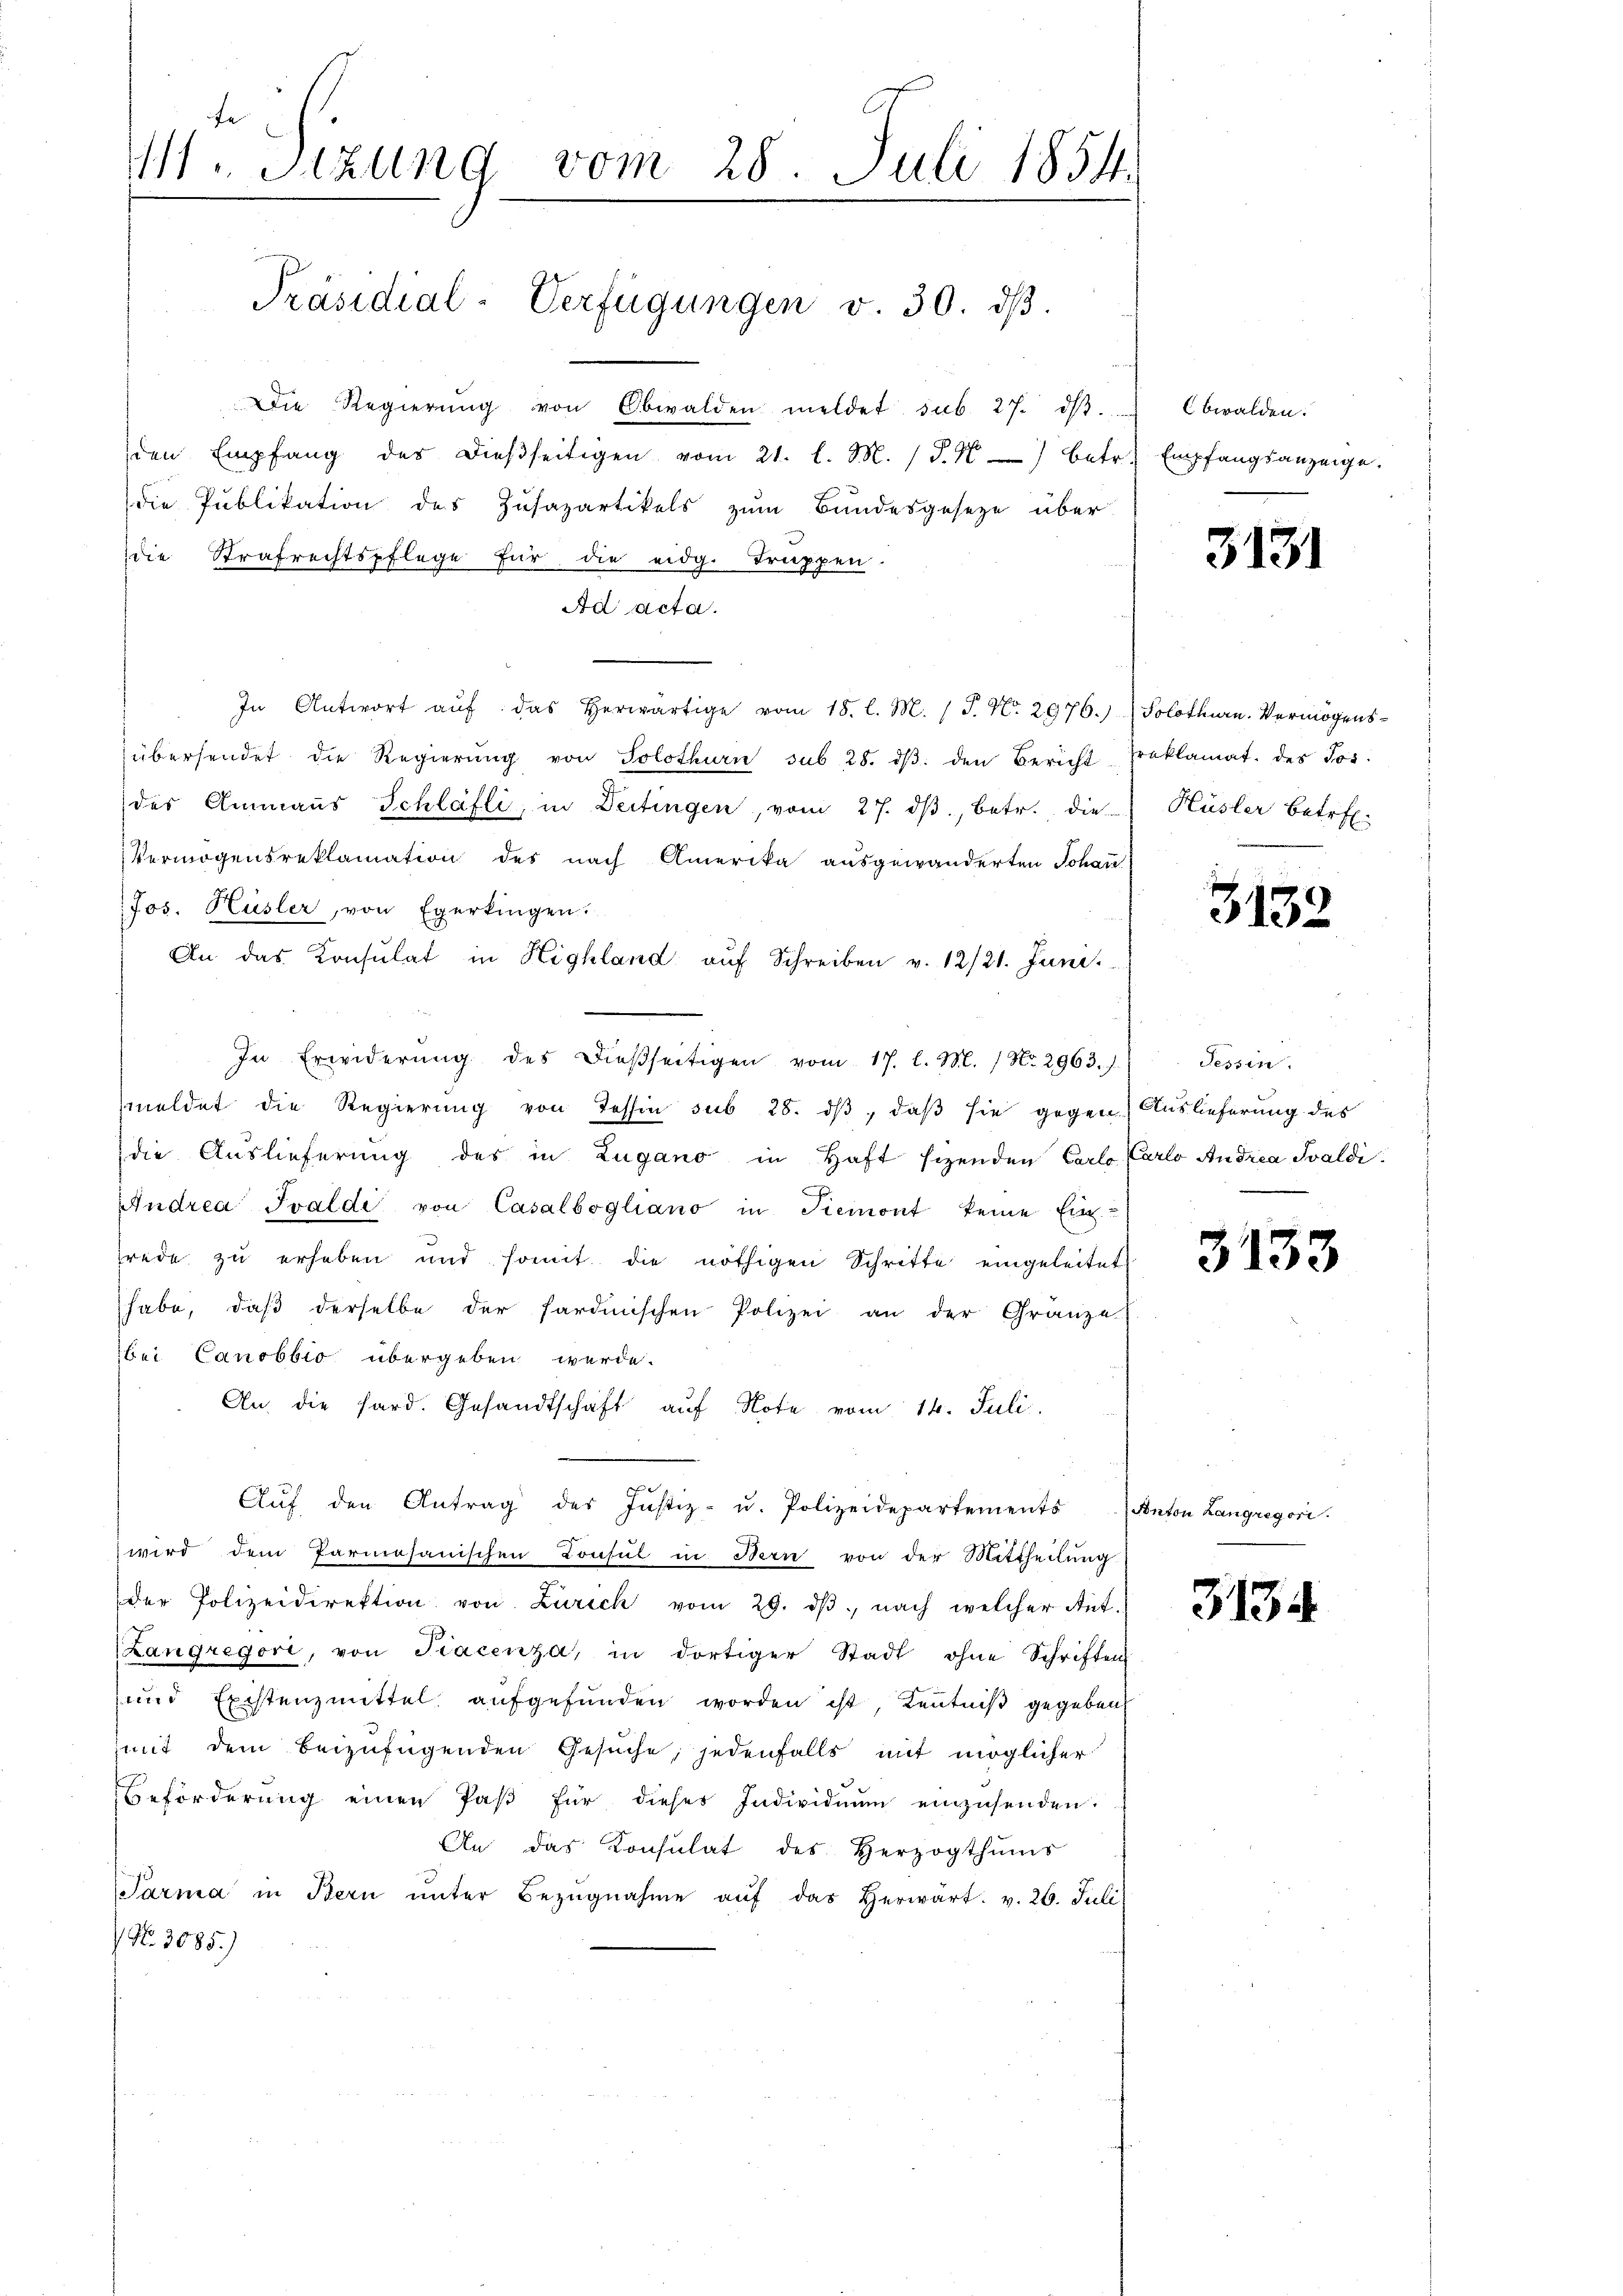
fe
111. Sitzung vom 28. Juli 1854.

Präsidial-Verfügungen v. 30. dβ.

Die Regierŭng von Obwalden meldet sub. 27. dβ.  Obwalden.
den Empfang des dieβseitigen vom 21. l. M. (T. 4) betr. Empfangsanzeige.
die Publikation des Zusatzartikels zum Bundesgesetze über
die Strafrechtspflege für die eidg. Truppen:
Ad acta.
In Antwort aŭf das herwärtige vom 15. l. M. / J. No. 2976.) Solothurn. Vermögensübersendet die Regierŭng von Solothurn sub 28. dβ. den Bericht Preklamat. des Jos.
des Ammanns Schlafli, in Deitingen, vom 27. dβ, betr. die Hüsler betref-
Vermögensreklamation des nach Amerika ausgewänderten Johan
Jos. Hüsler, von Egerkingen.
An das Consulat in Highland auf Schreiben v. 12/21. Juni.
In Erwiderung des dießseitigen vom 17. l. M. / No. 2963. /.
meldet die Regierŭng von Tessin sub 28. dβ, daβ sie gegen Auslieferung des
die Auslieferung des in Zugano in Haft sezenden Carlo Carlo Andrea Saldi
Andrea Ivaldi von Casalbogliano in Piemont keine Ein
rede zu erheben und somit die nöthigen Schritte eingeleitet
habe, daβ derselbe der sardinischen Polizei an der Gränze
bei Canobbio übergeben werde.
An die hard. Gesandtschaft auf Note vom 14. Juli,
F
Aŭf den Antrag des Justiz- u. Polizeidepartements Anton Langregori
wird dem Parmesanischen Consul in Bern von der Mittheilung
der Polizeidirektion von Zürich vom 29. dβ. nach welcher Ant-
(Langregori, von Tracenza, in dortiger Stadt ohne Schriften
und Existenzmittel aufgefunden worden ist, Kenntniß gegeben
mit dem beizufügenden Gesuche, jedenfalls mit möglicher
Beförderŭng einen Paβ für dieses Individiŭm einzŭsenden.
An das Konsulat des Herzogthums
Parma in Bern ŭnter Bezŭgnahme aŭf das herwärt. v. 26. Juli
 No. 3085.)

3131

3132.

Tessin.
e
e

3133

3134